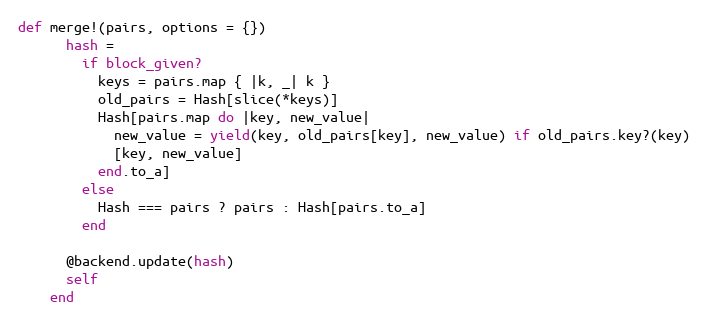
Language: Ruby
def merge!(pairs, options = {})
      hash =
        if block_given?
          keys = pairs.map { |k, _| k }
          old_pairs = Hash[slice(*keys)]
          Hash[pairs.map do |key, new_value|
            new_value = yield(key, old_pairs[key], new_value) if old_pairs.key?(key)
            [key, new_value]
          end.to_a]
        else
          Hash === pairs ? pairs : Hash[pairs.to_a]
        end

      @backend.update(hash)
      self
    end